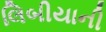
લિબીયાની